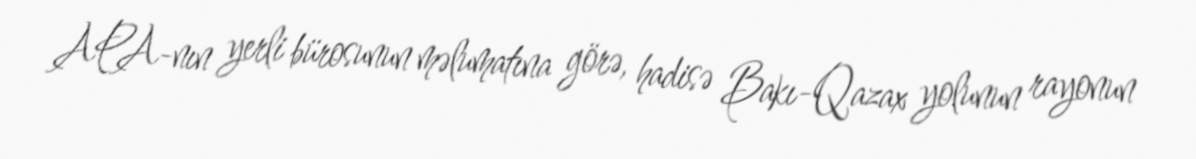
APA-nın yerli bürosunun məlumatına görə, hadisə Bakı-Qazax yolunun rayonun